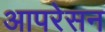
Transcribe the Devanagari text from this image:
आपरेसन